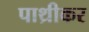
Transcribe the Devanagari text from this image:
पाथ्रीकर